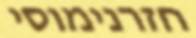
חזרנימוסי